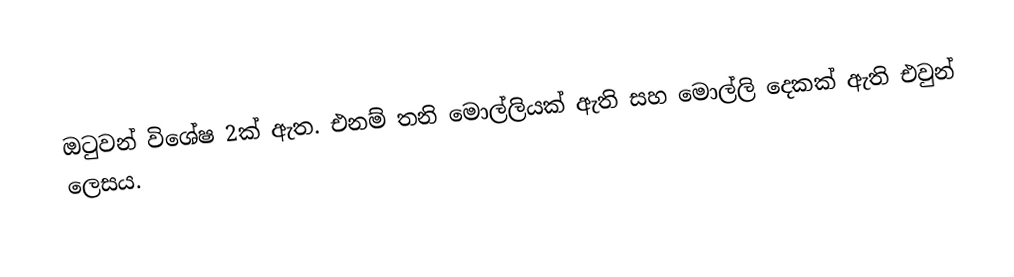
ඔටුවන් විශේෂ 2ක් ඇත. එනම් තනි මොල්ලියක් ඇති සහ මොල්ලි දෙකක් ඇති එවුන් ලෙසය.